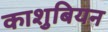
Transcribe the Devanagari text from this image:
काशुबियन